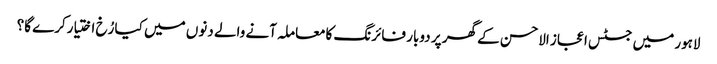
لاہور میں جسٹس اعجاز الاحسن کے گھر پر دوبار فائرنگ کامعاملہ آنے والے دنوں میں کیا رُخ اختیارکرے گا؟